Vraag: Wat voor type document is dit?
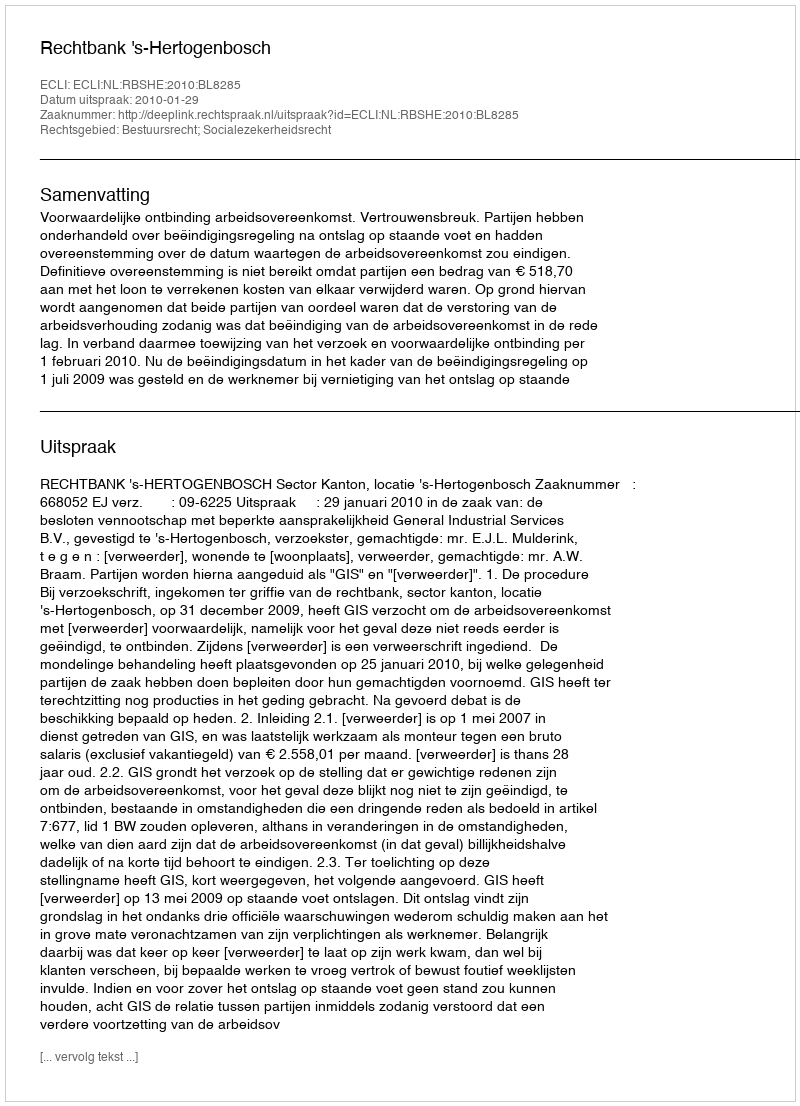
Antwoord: Uitspraak